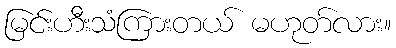
မြင်းဟီးသံကြားတယ် မဟုတ်လား။